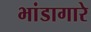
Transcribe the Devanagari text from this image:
भांडागारे